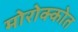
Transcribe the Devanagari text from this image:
मोरोक्कोत